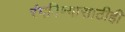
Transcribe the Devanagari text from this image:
रंगविण्यासाठीही